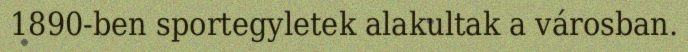
1890-ben sportegyletek alakultak a városban.